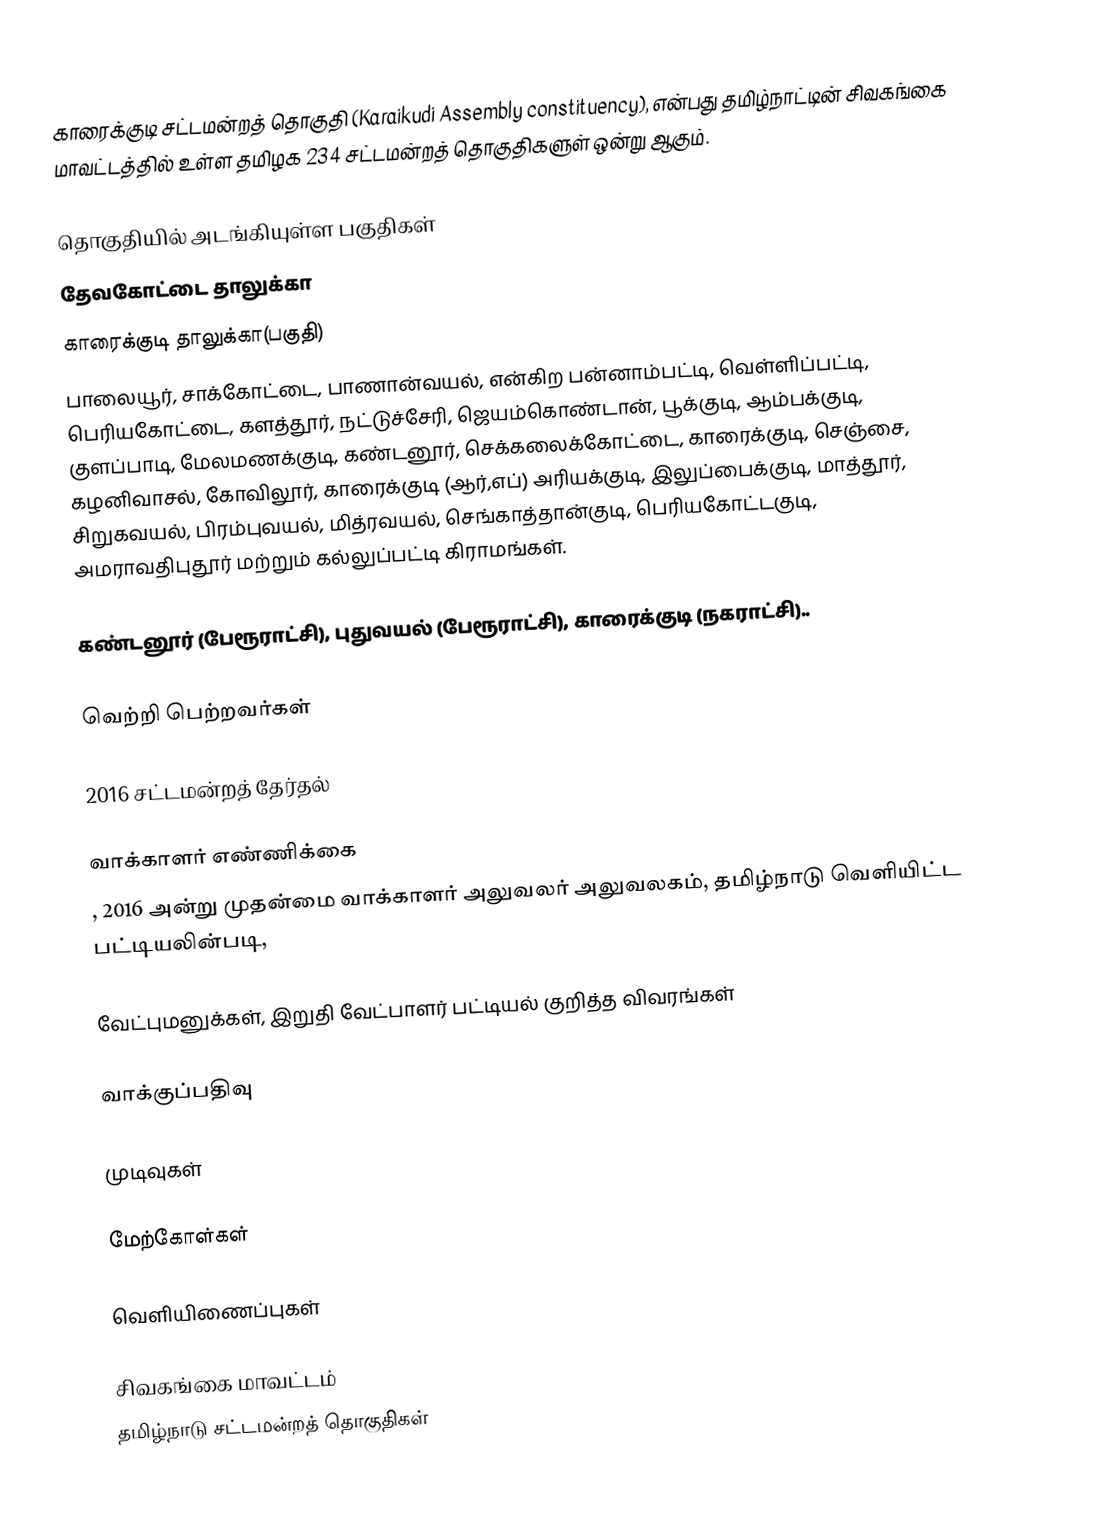
காரைக்குடி சட்டமன்றத் தொகுதி (Karaikudi Assembly constituency), என்பது தமிழ்நாட்டின் சிவகங்கை மாவட்டத்தில் உள்ள தமிழக 234 சட்டமன்றத் தொகுதிகளுள் ஒன்று ஆகும்.

தொகுதியில் அடங்கியுள்ள பகுதிகள்
தேவகோட்டை தாலுக்கா
காரைக்குடி தாலுக்கா(பகுதி)
பாலையூர், சாக்கோட்டை, பாணான்வயல், என்கிற பன்னாம்பட்டி, வெள்ளிப்பட்டி, பெரியகோட்டை, களத்தூர், நட்டுச்சேரி, ஜெயம்கொண்டான், பூக்குடி, ஆம்பக்குடி, குளப்பாடி, மேலமணக்குடி, கண்டனூர், செக்கலைக்கோட்டை, காரைக்குடி, செஞ்சை, கழனிவாசல், கோவிலூர், காரைக்குடி (ஆர்,எப்) அரியக்குடி, இலுப்பைக்குடி, மாத்தூர், சிறுகவயல், பிரம்புவயல், மித்ரவயல், செங்காத்தான்குடி, பெரியகோட்டகுடி, அமராவதிபுதூர் மற்றும் கல்லுப்பட்டி கிராமங்கள்.

கண்டனூர் (பேரூராட்சி), புதுவயல் (பேரூராட்சி), காரைக்குடி (நகராட்சி)..

வெற்றி பெற்றவர்கள்

2016 சட்டமன்றத் தேர்தல்

வாக்காளர் எண்ணிக்கை
, 2016 அன்று முதன்மை வாக்காளர் அலுவலர் அலுவலகம், தமிழ்நாடு வெளியிட்ட பட்டியலின்படி,

வேட்புமனுக்கள், இறுதி வேட்பாளர் பட்டியல் குறித்த விவரங்கள்

வாக்குப்பதிவு

முடிவுகள்

மேற்கோள்கள்

வெளியிணைப்புகள்

சிவகங்கை மாவட்டம்
தமிழ்நாடு சட்டமன்றத் தொகுதிகள்